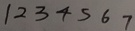
1 2 3 4 5 6 7